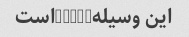
این وسیلهi7twsاست